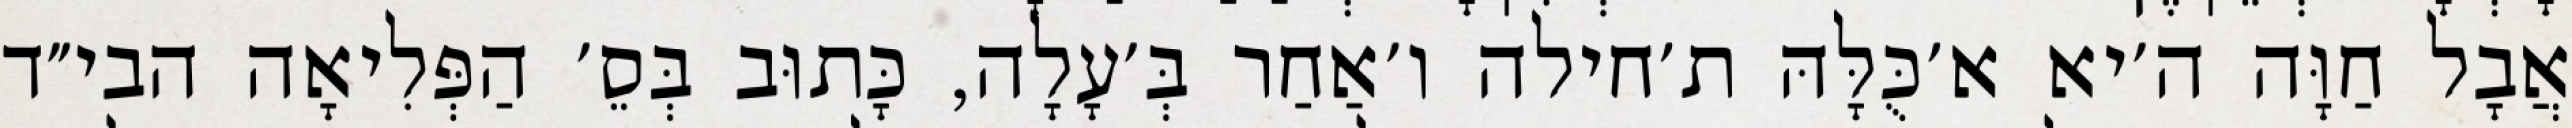
אֲבָל חַוָּה ה׳יא א׳כֻּלָּהּ ת׳חילה ו׳אַחַר בְּ׳עָלָה, כָּתוּב בְּסֵ׳ הַפְּלִיאָה הבי״ד